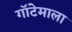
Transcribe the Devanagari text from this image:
गॉटेमाला